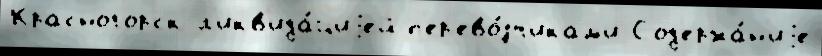
Красногорск л'икв'ида́циjей п'ер'ево́зчикам'и Сод'ержа́н'иjе